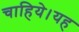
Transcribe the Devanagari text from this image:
चाहिये।यह